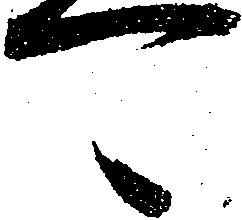
可